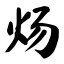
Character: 炀